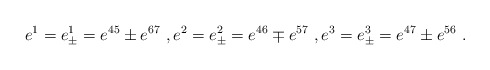
\begin{align*} e^1=e^1_\pm=e^{45}\pm e^{67}\ ,e^2=e^2_\pm=e^{46}\mp e^{57}\ ,e^3=e^3_\pm=e^{47}\pm e^{56}\ .\end{align*}